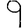
Digit: 9